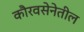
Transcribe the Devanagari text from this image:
कौरवसेनेतील